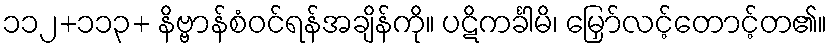
၁၁၂+၁၁၃+ နိဗ္ဗာန်စံဝင်ရန်အချိန်ကို။ ပဋိကင်္ခါမိ၊ မြှော်လင့်တောင့်တ၏။